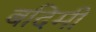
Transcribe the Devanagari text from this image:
बदिमी